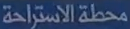
محطة الاستراحة